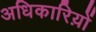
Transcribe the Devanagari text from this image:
अधिकारिय़ों